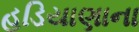
હડિયાણાના